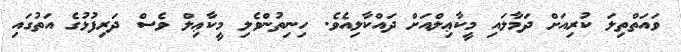
ވައަތްތިލަ ކުރިއަށް ދަމާލައި މީކާޢިލްއަށް ދައްކާލިއެވެ. ހިނިތުންވެލި މީކާޢިލް ވެސް ދަރިފުޅުގެ އަތުގައި